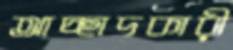
আচ্ছাদকারী